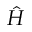
\hat { H }